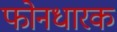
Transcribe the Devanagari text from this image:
फोनधारक